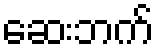
ဆေးဘက်